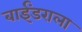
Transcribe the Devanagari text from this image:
बाईंडराला